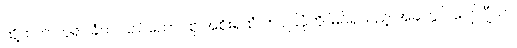
ထို့ထက် ဘုရင်ခံက ပြည်ထောင်စု အစိုးရထံ တင်ပြပုံကို မြင်ရသည့် အခါတွင် ဂျော်ဂျီယာ